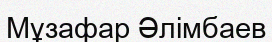
Мұзафар Әлімбаев